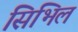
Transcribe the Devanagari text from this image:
सिभिल